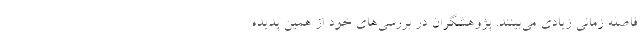
فاصله زمانی زیادی می‌بینند. پژوهشگران در بررسی‌های خود از همین پدیده